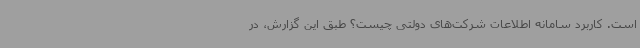
است. کاربرد سامانه اطلاعات شرکت‌های دولتی چیست؟ طبق این گزارش، در